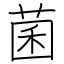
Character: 菌